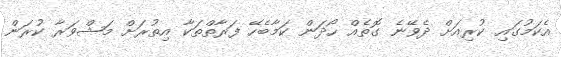
އެކަމުގައި ކުރިއަށް ދެވޭނެ ގޮތެއް ހޯދަން ކަމާބެހޭ ފަރާތްތަކާ އިތުރަށް މަޝްވަރާ ކުރަން